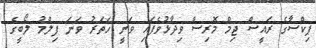
ޕިކްސާގެ ރައީސް ޖިމް މޮރިސް ވިދާޅުވެފައި ވަނީ ހަތަރު ވަނަ ފިލްމު ލޯބީގެ